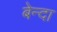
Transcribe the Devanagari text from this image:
बेन्दा